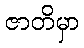
ဇာတိမှာ